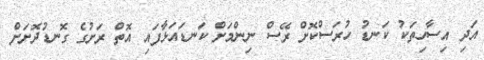
އަދި އިސާހިތަކު ކަނޑު ހުރަސްކޮށް ރޭސް ނިންމަށް ކަނޑައަޅާފައި އޮތް ރަށުގެ ގޮނޑުދޮށަށް